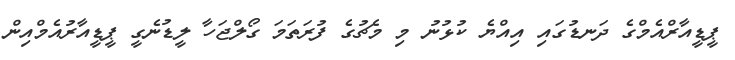
ޕީޑީއާރްއެމްގެ ދަނޑުގައި އިއްޔެ ކުޅުނު މި މެޗުގެ ފުރަތަމަ ގޯލްޖަހާ ލީޑުނެގީ ޕީޑީއާރުއެމްއިން